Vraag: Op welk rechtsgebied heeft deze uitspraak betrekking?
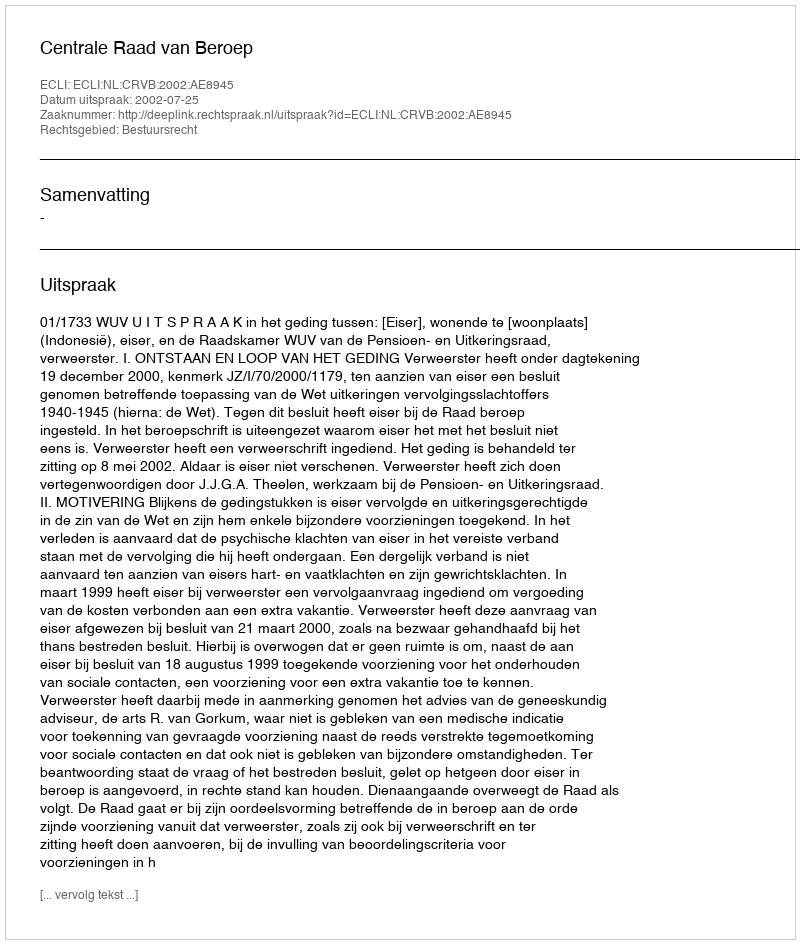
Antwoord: Bestuursrecht